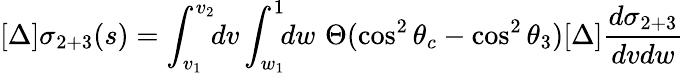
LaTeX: [\Delta]\sigma_{2+3}(s)=\int_{v_{1}}^{v_{2}}\! \! dv\int_{w_{1}}^{1}\! \! dw\, \, \Theta(\cos^{2}\theta_{c}-\cos^{2}\theta_{3})[\Delta]\frac{d\sigma_{2+3}}{dvdw}